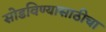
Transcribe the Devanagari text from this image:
सोडविण्यासाठीचा